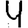
Digit: 4